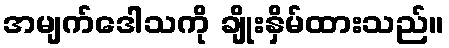
အမျက်ဒေါသကို ချိုးနှိမ်ထားသည်။